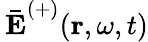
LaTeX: \mathbf{\, \bar{E}}^{(+)}(\mathbf{r},\omega,t)